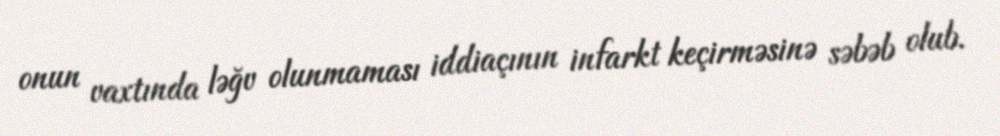
onun vaxtında ləğv olunmaması iddiaçının infarkt keçirməsinə səbəb olub.